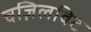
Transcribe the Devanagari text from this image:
चज़िलविट